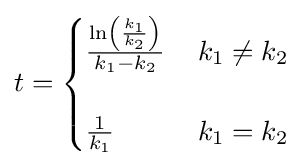
t={\begin{cases}{\frac {\ln \left({\frac {k_{1}}{k_{2}}}\right)}{k_{1}-k_{2}}}&\,k_{1}\neq k_{2}\\\\{\frac {1}{k_{1}}}&\,k_{1}=k_{2}\\\end{cases}}